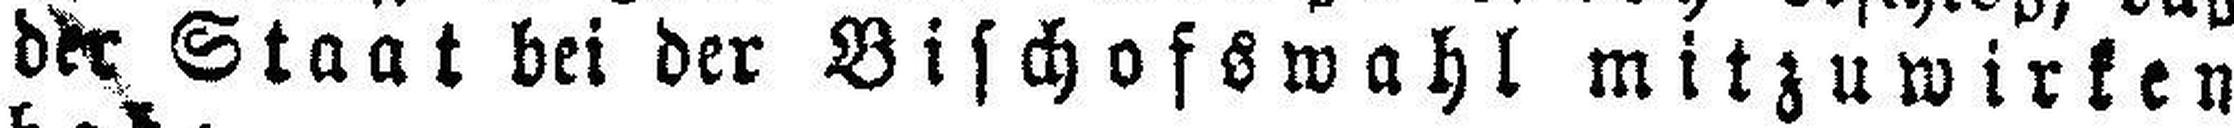
der Staat bei der Bischofswahl mitzuwirken